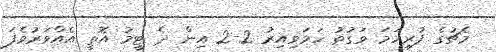
މެޗުގެ ފުރިހަމަ ވަގުތު ހަމަވިއިރު 2-2 އިން ދެ ޓީމު އޮތީ އެއްވަރުވެފަ